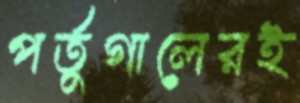
পর্তুগালেরই